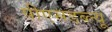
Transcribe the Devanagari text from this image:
पीएसडब्ल्यू